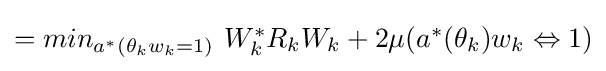
\textstyle =min_{a^{*}(\theta _{k}w_{k}=1)}\ W_{k}^{*}R_{k}W_{k}+2\mu (a^{*}(\theta _{k})w_{k}\Leftrightarrow 1)